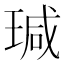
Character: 瑊